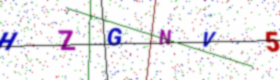
Text: HZGNV5